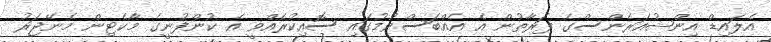
އެލައިޑް އިންޝުއަރެންސްގެ ފަރާތުން އެ އެއްބަސްވުމުގައި ސޮއިކުރެއްވީ އެ ކުންފުނީގެ މާކެޓިން މެނޭޖަރު